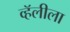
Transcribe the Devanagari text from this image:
व्हॅलीला